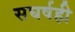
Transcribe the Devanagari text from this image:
सघर्षही